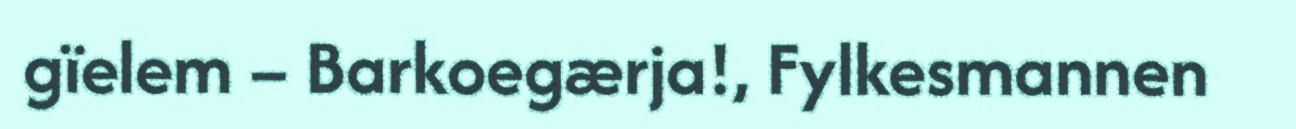
gïelem – Barkoegærja!, Fylkesmannen